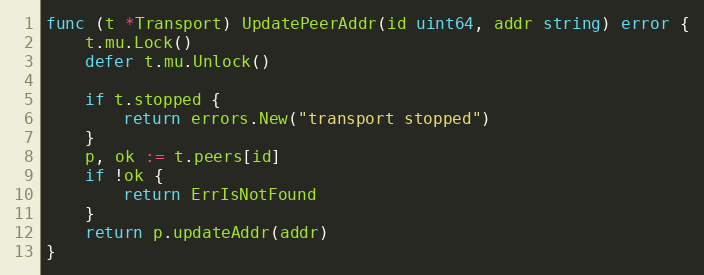
Language: Go
func (t *Transport) UpdatePeerAddr(id uint64, addr string) error {
	t.mu.Lock()
	defer t.mu.Unlock()

	if t.stopped {
		return errors.New("transport stopped")
	}
	p, ok := t.peers[id]
	if !ok {
		return ErrIsNotFound
	}
	return p.updateAddr(addr)
}